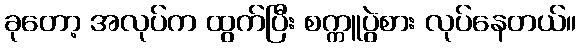
ခုတော့ အလုပ်က ထွက်ပြီး စက္ကူပွဲစား လုပ်နေတယ်။